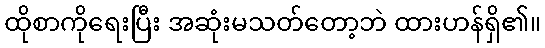
ထိုစာကိုရေးပြီး အဆုံးမသတ်တော့ဘဲ ထားဟန်ရှိ၏။